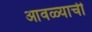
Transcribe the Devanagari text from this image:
आवळ्याची